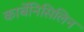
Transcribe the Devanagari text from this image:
कार्बेनिसिलिन